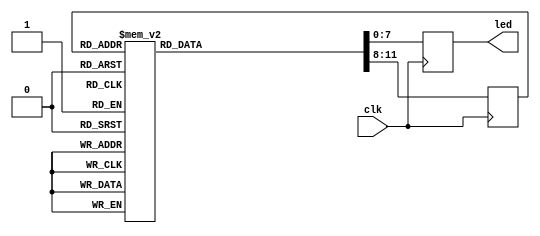
module LED_Escaler(
		 input clk,
		 output reg [7:0] led
	 );

	reg[3:0] next_st;
	
	always @(posedge clk)
	begin
		case (next_st)
			5'b00000: {next_st, led} = 12'b000110000000; //q0
			5'b00001: {next_st, led} = 12'b100010000000; //q1
			5'b00010: {next_st, led} = 12'b001001000000; //q2
			5'b00011: {next_st, led} = 12'b100101000000; //q3
			
			5'b00100: {next_st, led} = 12'b001100100000; //q4
			5'b00101: {next_st, led} = 12'b101000100000; //q5
			5'b00110: {next_st, led} = 12'b010000010000; //q6
			5'b00111: {next_st, led} = 12'b101100010000; //q7
			
			5'b01000: {next_st, led} = 12'b010100001000; //q8
			5'b01001: {next_st, led} = 12'b110000001000; //q9
			5'b01010: {next_st, led} = 12'b011000000100; //q10
			5'b01011: {next_st, led} = 12'b110100000100; //q11
			
			5'b01100: {next_st, led} = 12'b011100000010; //q12
			5'b01101: {next_st, led} = 12'b111000000010; //q13
			5'b01110: {next_st, led} = 12'b000000000001; //q14
			5'b01111: {next_st, led} = 12'b111100000001; //q15
			
			5'b10000: {next_st, led} = 12'b111110000000; //q16
			5'b10001: {next_st, led} = 12'b000010000000; //q17
			5'b10010: {next_st, led} = 12'b111000000001; //q18
			5'b10011: {next_st, led} = 12'b011100000001; //q19
			
			5'b11100: {next_st, led} = 12'b110100000010; //q20
			5'b11101: {next_st, led} = 12'b011000000010; //q21
			5'b11010: {next_st, led} = 12'b110000000100; //q22
			5'b11011: {next_st, led} = 12'b010100000100; //q23
			
			5'b11000: {next_st, led} = 12'b101100001000; //q24
			5'b11001: {next_st, led} = 12'b010000001000; //q25
			5'b10110: {next_st, led} = 12'b101000010000; //q26
			5'b10111: {next_st, led} = 12'b001100010000; //q27
			
			5'b10100: {next_st, led} = 12'b100100100000; //q28
			5'b10101: {next_st, led} = 12'b001000100000; //q29
			5'b10010: {next_st, led} = 12'b100001000000; //q30
			5'b10011: {next_st, led} = 12'b000101000000; //q31
			
			default: {next_st, led} = 12'bxxxxxxxxxxxx;
		endcase
	end
	
//	always @(posedge clk)
//	begin
//		if(reset)
//			next_st = 4'b0000;
//		else
//			next_st = next_st;
//		end
//	end
	
endmodule